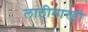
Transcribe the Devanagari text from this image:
लाठीमारही